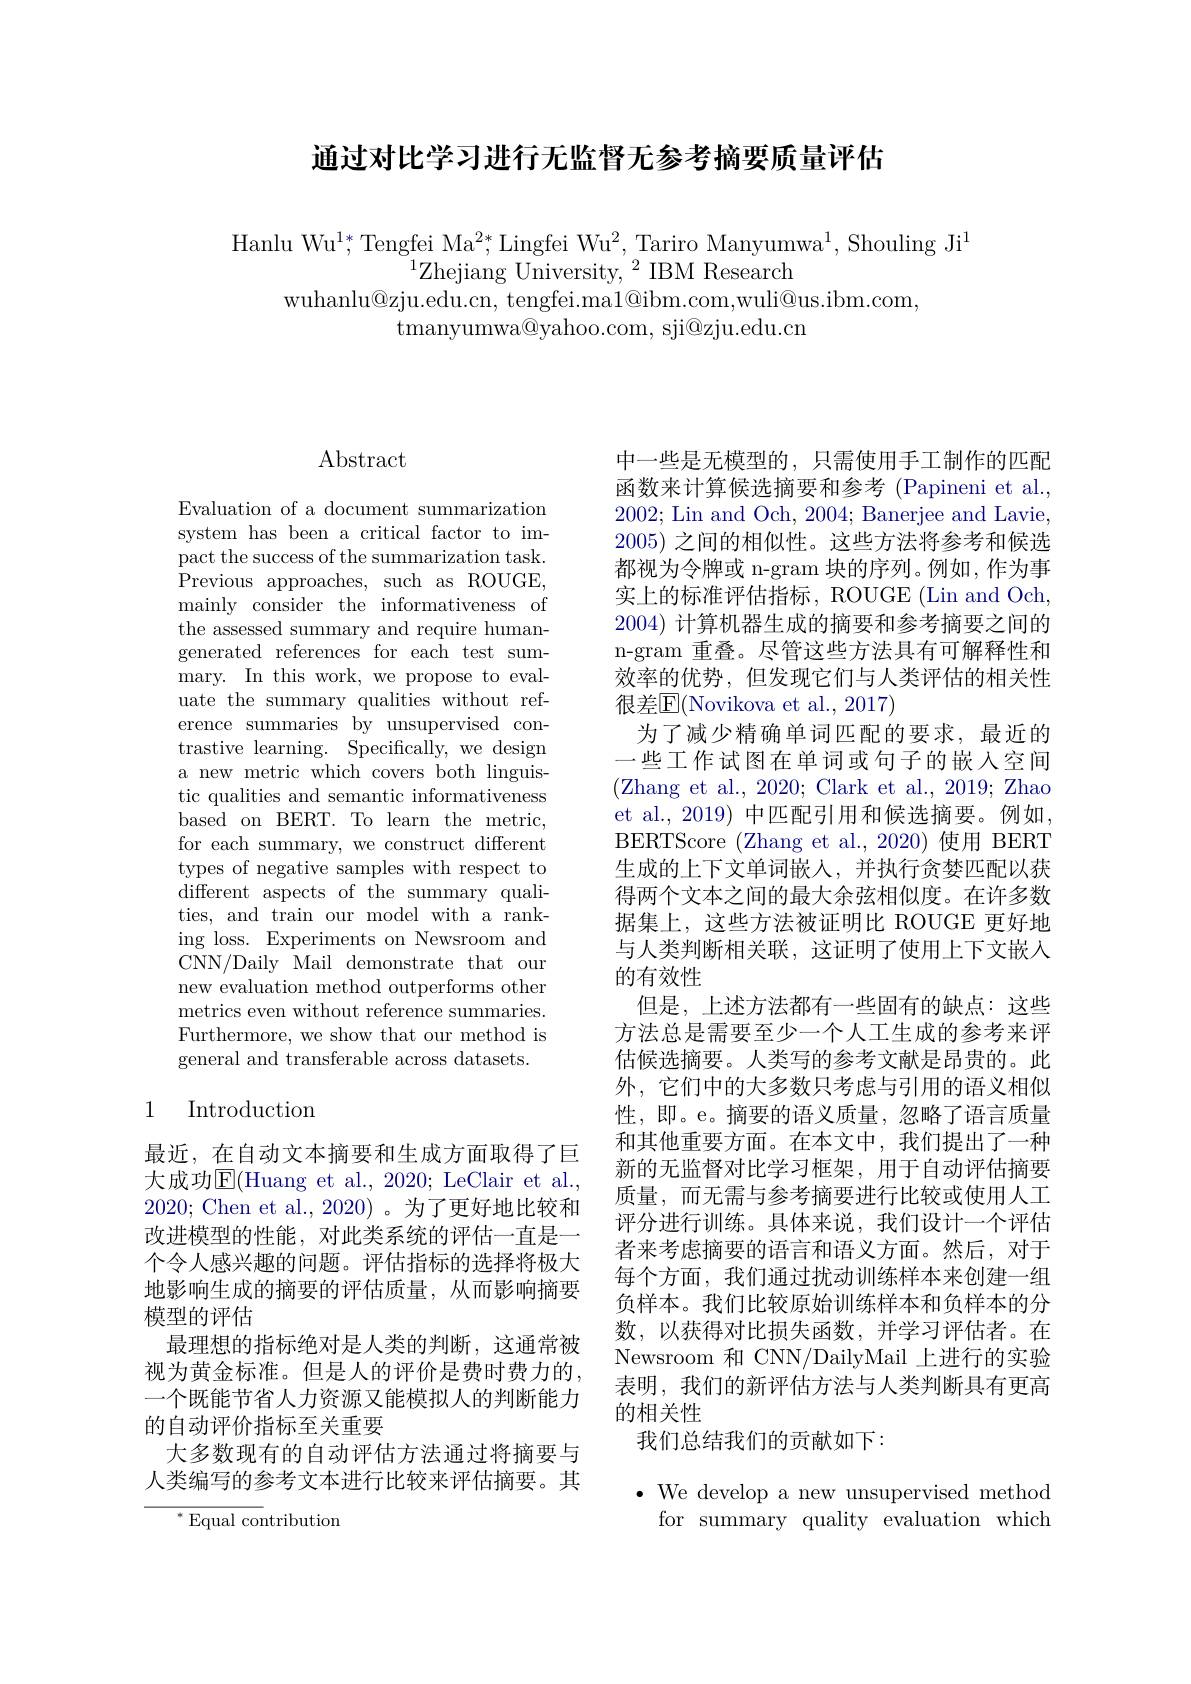
通过对比学习进行无监督无参考摘要质量评估

Hanlu Wu$^1*$,Tengfei Ma$^2*$,Lingfei Wu$^2$,Tariro Manyumwa$^1$,Shouling Ji$^1$
$^{1}$Zhejiang University,$^2$IBM Research
wuhanlu@zju.edu.cn, tengfei.ma1@ibm.com,wuli@us.ibm.com,
${\mathrm{tmanyumwa@yahoo.com,~sji@zju.edu.cn}}$

# Abstract

Evaluation of a document summarization system has been a critical factor to impact the success of the summarization task. Previous approaches, such as ROUGE, mainly consider the informativeness of the assessed summary and require humangenerated references for each test summary. In this work, we propose to evaluate the summary qualities without reference summaries by unsupervised contrastive learning. Specifically, we design a new metric which covers both linguistic qualities and semantic informativeness based on BERT. To learn the metric, for each summary, we construct different types of negative samples with respect to different aspects of the summary qualities, and train our model with a ranking loss. Experiments on Newsroom and CNN/Daily Mail demonstrate that our new evaluation method outperforms other metrics even without reference summaries. Furthermore, we show that our method is general and transferable across datasets.

# 1 Introduction

最近，在自动文本摘要和生成方面取得了巨大成功$\operatorname{E}($Huang et al., 2020; LeClair et al., 2020; Chen et al.,2020)。为了更好地比较和改进模型的性能，对此类系统的评估一直是一个令人感兴趣的问题。评估指标的选择将极大地影响生成的摘要的评估质量，从而影响摘要模型的评估
最理想的指标绝对是人类的判断，这通常被视为黄金标准。但是人的评价是费时费力的， 一个既能节省人力资源又能模拟人的判断能力的自动评价指标至关重要
大多数现有的自动评估方法通过将摘要与人类编写的参考文本进行比较来评估摘要。其

$^{*}{\mathrm{Equal~contribution}}$

中一些是无模型的，只需使用手工制作的匹配函数来计算候选摘要和参考 (Papineni et al., 2002; Lin and Och, 2004; Banerjee and Lavie. 2005)之间的相似性。这些方法将参考和候选都视为令牌或 n-gram 块的序列。例如，作为事实上的标准评估指标，ROUGE (Lin and Och, 2004) 计算机器生成的摘要和参考摘要之间的n-gram 重叠。尽管这些方法具有可解释性和效率的优势，但发现它们与人类评估的相关性很差$\mathbb{E}($Novikova et al., 2017)
为了减少精确单词匹配的要求，最近的一些工作试图在单词或句子的嵌入空间(Zhang et al., 2020; Clark et al., 2019; Zhao et al., 2019) 中匹配引用和候选摘要。例如， BERTScore (Zhang et al.,2020) 使用 BERT 生成的上下文单词嵌人，并执行贪婪匹配以获得两个文本之间的最大余弦相似度。在许多数据集上，这些方法被证明比 ROUGE 更好地与人类判断相关联，这证明了使用上下文嵌入的有效性
但是，上述方法都有一些固有的缺点：这些方法总是需要至少一个人工生成的参考来评估候选摘要。人类写的参考文献是昂贵的。此外，它们中的大多数只考虑与引用的语义相似性，即。e。摘要的语义质量，忽略了语言质量和其他重要方面。在本文中，我们提出了一种新的无监督对比学习框架，用于自动评估摘要质量，而无需与参考摘要进行比较或使用人工评分进行训练。具体来说，我们设计一个评估者来考虑摘要的语言和语义方面。然后，对于每个方面，我们通过扰动训练样本来创建一组负样本。我们比较原始训练样本和负样本的分数，以获得对比损失函数，并学习评估者。在Newsroom 和 CNN/DailyMail 上进行的实验表明，我们的新评估方法与人类判断具有更高的相关性
我们总结我们的贡献如下：

$\bullet$ We develop a new unsupervised method
for summary quality evaluation which